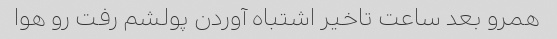
همرو بعد ساعت تاخیر اشتباه آوردن پولشم رفت رو هوا